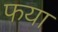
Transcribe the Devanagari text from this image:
फया